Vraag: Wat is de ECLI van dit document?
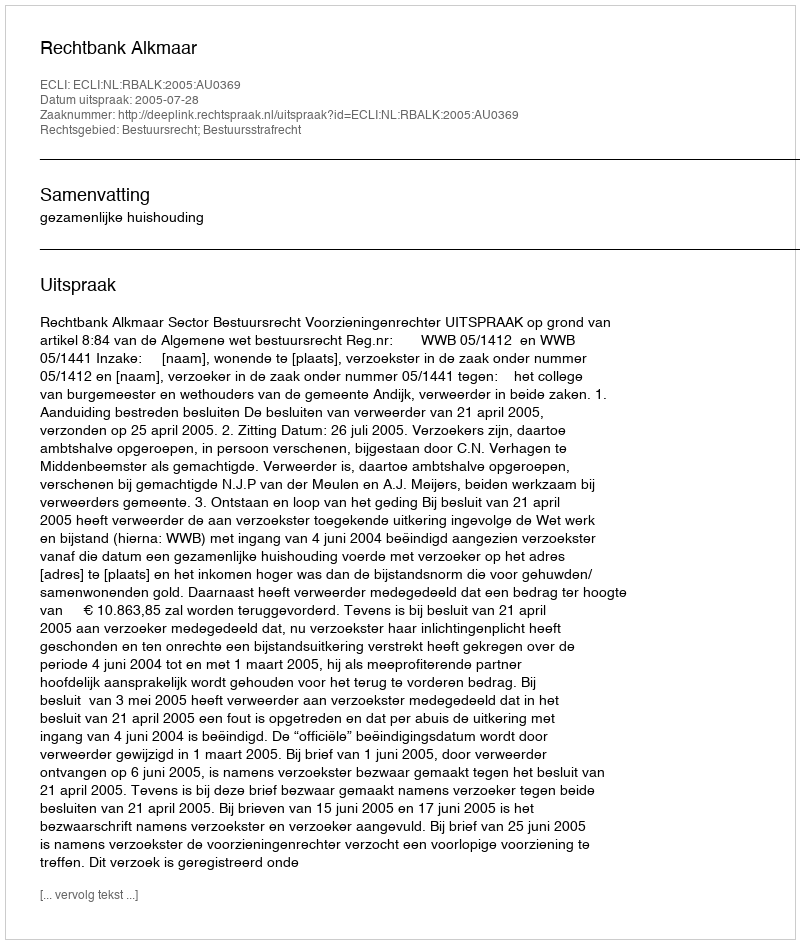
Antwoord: ECLI:NL:RBALK:2005:AU0369